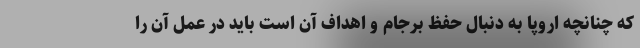
که چنانچه اروپا به دنبال حفظ برجام و اهداف آن است باید در عمل آن را